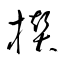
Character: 攅